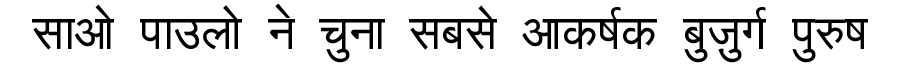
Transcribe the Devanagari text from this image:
साओ पाउलो ने चुना सबसे आकर्षक बुज़ुर्ग पुरुष